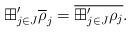
LaTeX: \begin{align*}\boxplus'_{j\in J}\overline{\rho}_j =\overline{\boxplus'_{j\in J}\rho_j}.\end{align*}